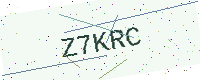
Text: Z7KRC